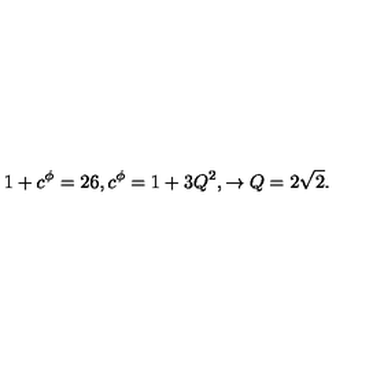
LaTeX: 1 + c ^ { \phi } = 2 6 , c ^ { \phi } = 1 + 3 Q ^ { 2 } , \to Q = 2 \sqrt { 2 } .